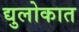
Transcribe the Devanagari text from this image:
द्युलोकात